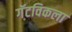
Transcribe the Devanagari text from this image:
गॅटविकला